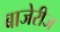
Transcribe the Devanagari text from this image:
बाजेरीज